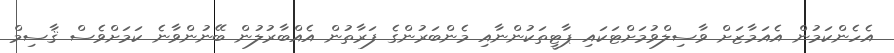
އެހެންކަމުން އެއަމާޒަށް ވާސިލްވުމަށްޓަކައި ޕާޓީތަކުންނާއި މެންބަރުންގެ ފަރާތުން އެއްބާރުލުން ބޭނުންވާނެ ކަމަށްވެސް ޤާސިމް